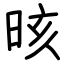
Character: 晐